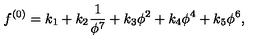
f ^ { ( 0 ) } = k _ { 1 } + k _ { 2 } \frac { 1 } { \phi ^ { 7 } } + k _ { 3 } \phi ^ { 2 } + k _ { 4 } \phi ^ { 4 } + k _ { 5 } \phi ^ { 6 } ,